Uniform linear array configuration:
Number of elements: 24
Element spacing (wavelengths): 0.5
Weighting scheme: blackman
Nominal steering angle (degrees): -30
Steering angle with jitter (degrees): -31.435
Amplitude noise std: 0.05
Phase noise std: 0.05

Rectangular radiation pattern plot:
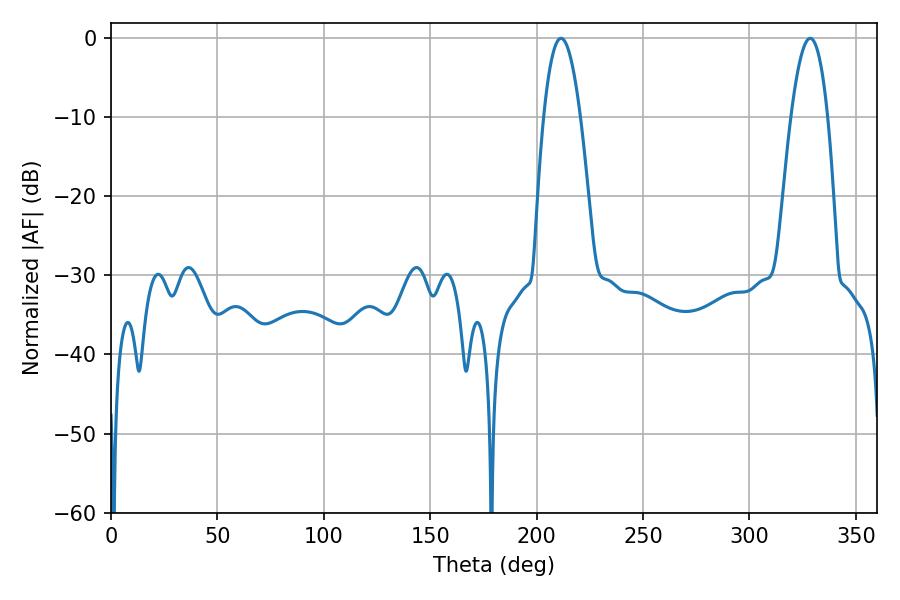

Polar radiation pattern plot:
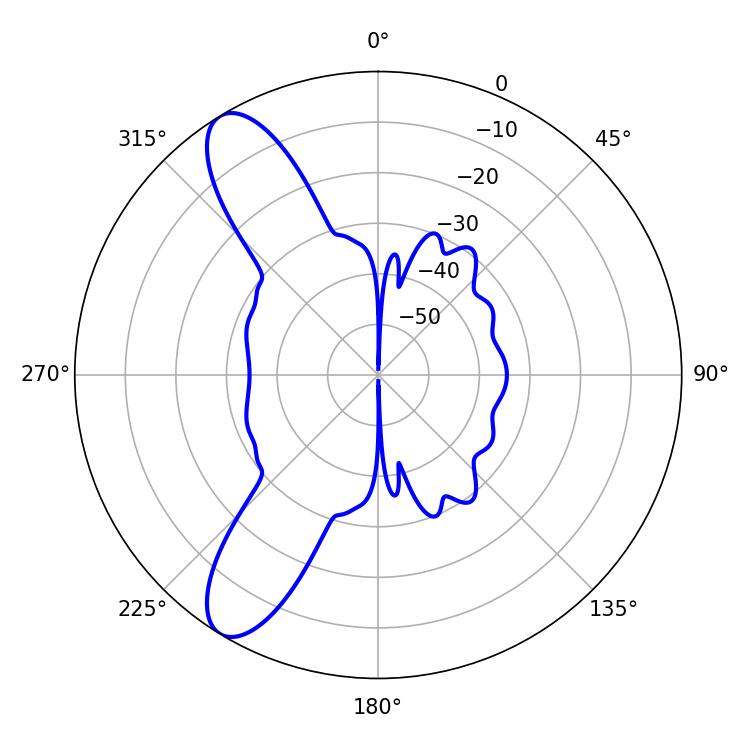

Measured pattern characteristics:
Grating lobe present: FALSE
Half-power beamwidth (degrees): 9.54
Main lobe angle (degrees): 211.5